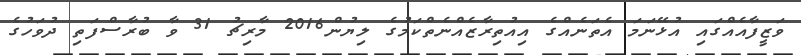
ވަޒީފާއެއްގައި އުޅޭނަމަ އެތަނެއްގެ އިއުތިރާޒެއްނެތްކަމުގެ ލިޔުން2016 މާރިޗު 31 ވާ ބުރާސްފަތި ދުވަހުގެ